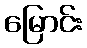
မြောင်း